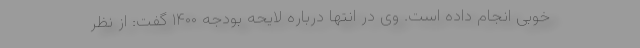
خوبی انجام داده است. وی در انتها درباره لایحه بودجه ۱۴۰۰ گفت: از نظر